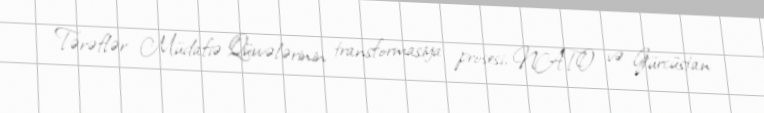
Tərəflər Müdafiə Qüvvələrinin transformasiya prosesi, NATO və Gürcüstan